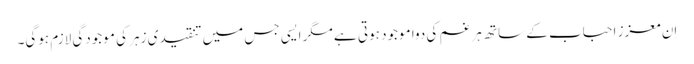
اِن معزز احباب کے ساتھ ہر غم کی دوا موجود ہوتی ہے مگر ایسی جس میں تنقیدی زہر کی موجودگی لازم ہوگی۔